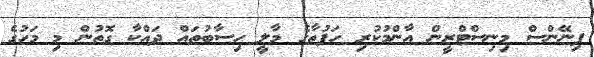
ފިނޭންސް މިނިސްޓްރީން އާންމުކުރި ހަފުތާގެ މާލީ ހިސާބުތައް ދައްކާ ގޮތުން މި މަހުގެ